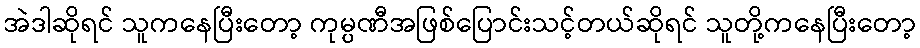
အဲဒါဆိုရင် သူကနေပြီးတော့ ကုမ္ပဏီအဖြစ်ပြောင်းသင့်တယ်ဆိုရင် သူတို့ကနေပြီးတော့